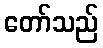
တော်သည်